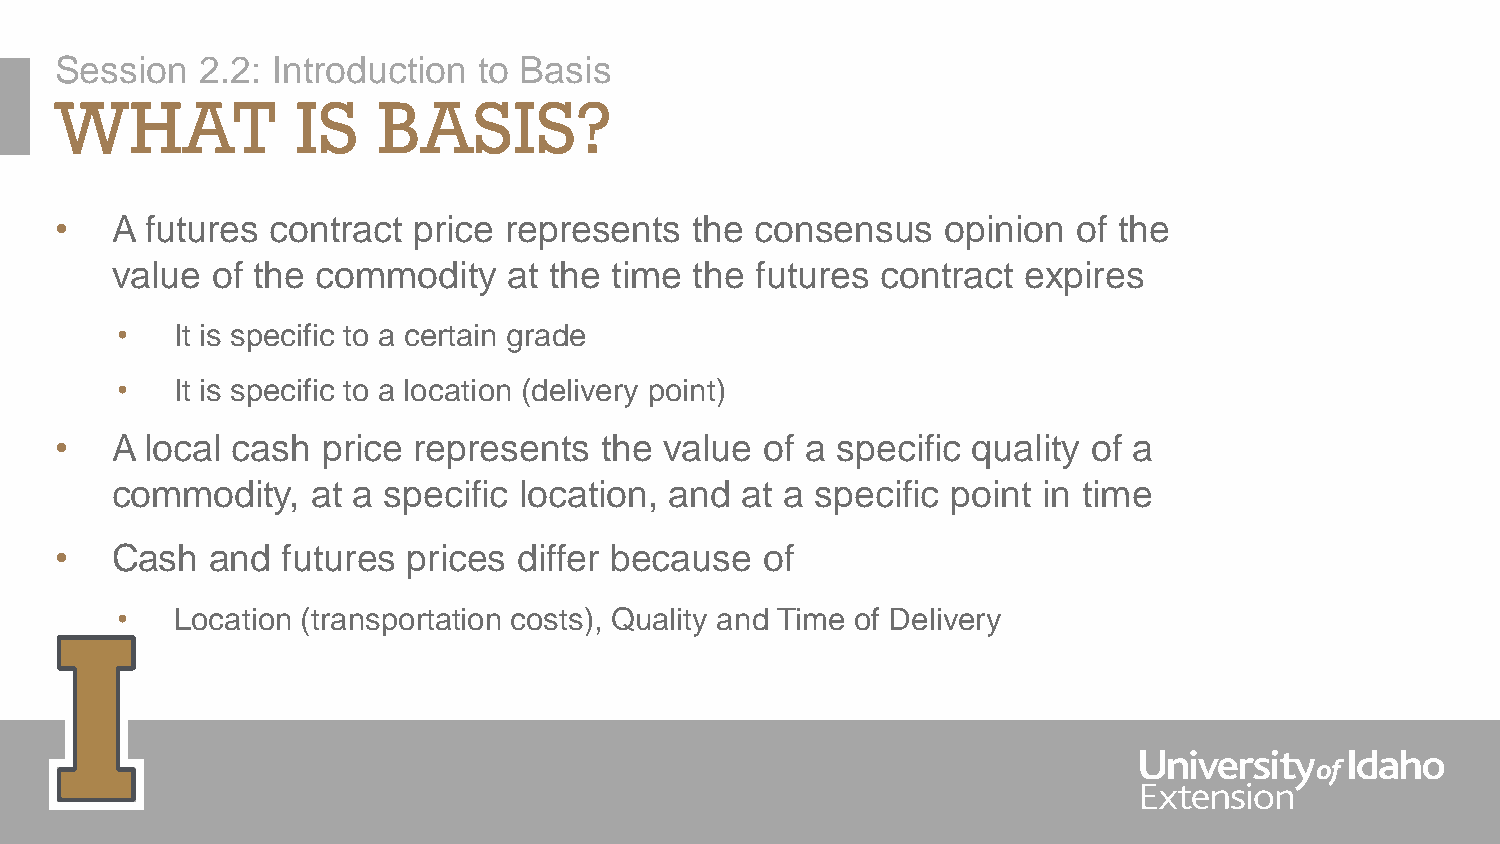
Session  2.2: Introduction  to Basis
 WHAT            IS   BASIS?
 •  A  futures contract price represents   the consensus    opinion of the
 value  of the commodity    at the time the futures contract  expires
 •   It is specific to a certain grade
 •   It is specific to a location (delivery point)
 •  A  local cash price represents   the value  of a specific quality of a
 commodity,    at a specific location, and at a specific point in time
 •  Cash   and  futures prices differ because   of
 •   Location (transportation costs), Quality and Time of Delivery